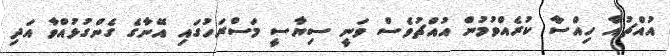
އުއްޗުއާ ހިއްސާ ކުރެއްވުމުން އުއްޗުވެސް ވަނީ ސިޔާސީ މަސްރަހުގައި އޭނާގެ ގެންގުޅުއްވާ އަދި